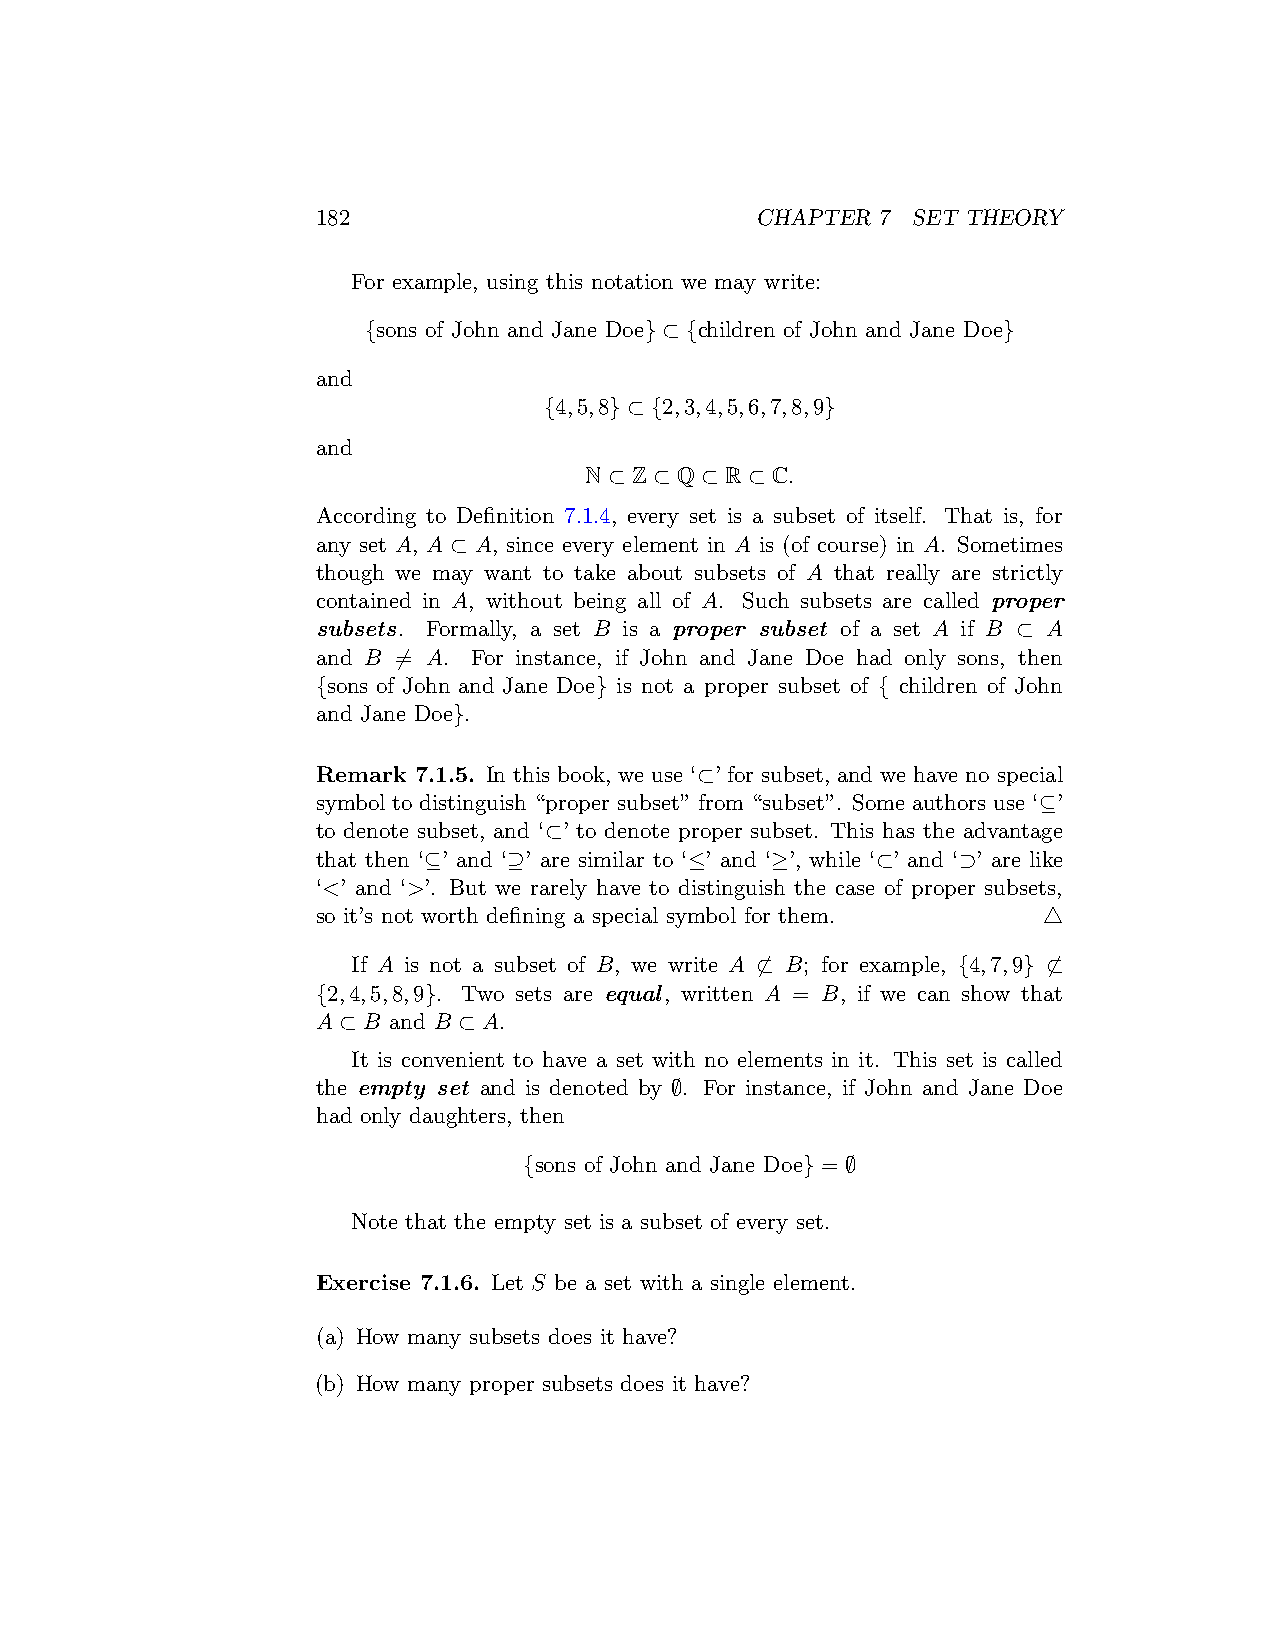
182                          CHAPTER 7 SET THEORY
 For example, using this notation we may write:
 {sons of John and Jane Doe} ⊂ {children of John and Jane Doe}
 and
 {4,5,8} ⊂ {2,3,4,5,6,7,8,9}
 and
 N ⊂ Z ⊂ Q ⊂ R ⊂ C.
 According to Definition 7.1.4, every set is a subset of itself. That is, for
 any set A, A ⊂ A, since every element in A is (of course) in A. Sometimes
 though we may want to take about subsets of A that really are strictly
 contained in A, without being all of A. Such subsets are called proper
 subsets. Formally, a set B is a proper subset of a set A if B ⊂ A
 and B ̸= A. For instance, if John and Jane Doe had only sons, then
 {sons of John and Jane Doe} is not a proper subset of { children of John
 and Jane Doe}.
 Remark 7.1.5. In this book, we use ‘⊂’ for subset, and we have no special
 symbol to distinguish “proper subset” from “subset”. Some authors use ‘⊆’
 to denote subset, and ‘⊂’ to denote proper subset. This has the advantage
 that then ‘⊆’ and ‘⊇’ are similar to ‘≤’ and ‘≥’, while ‘⊂’ and ‘⊃’ are like
 ‘<’ and ‘>’. But we rarely have to distinguish the case of proper subsets,
 so it’s not worth defining a special symbol for them. △
 If A is not a subset of B, we write A ̸⊂ B; for example, {4,7,9} ̸⊂
 {2,4,5,8,9}. Two sets are equal, written A = B, if we can show that
 A ⊂ B and B ⊂ A.
 It is convenient to have a set with no elements in it. This set is called
 the empty set and is denoted by ∅. For instance, if John and Jane Doe
 had only daughters, then
 {sons of John and Jane Doe} = ∅
 Note that the empty set is a subset of every set.
 Exercise 7.1.6. Let S be a set with a single element.
 (a) How many subsets does it have?
 (b) How many proper subsets does it have?